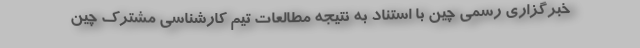
خبرگزاری رسمی چین با استناد به نتیجه مطالعات تیم کارشناسی مشترک چین